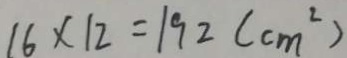
1 6 \times 1 2 = 1 9 2 ( c m ^ { 2 } )